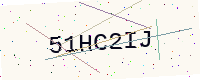
Text: 51HC2IJ